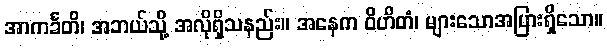
အာကင်္ခတိ၊ အဘယ်သို့ အလိုရှိသနည်း။ အနေက ဝိဟိတံ၊ များသောအပြားရှိသော။